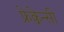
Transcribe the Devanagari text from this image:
फ्रेक्वेन्सी